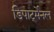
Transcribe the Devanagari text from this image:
डिपार्ट्मेनल